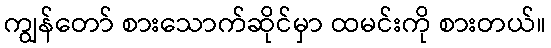
ကျွန်တော် စားသောက်ဆိုင်မှာ ထမင်းကို စားတယ်။